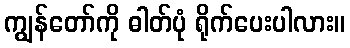
ကျွန်တော်ကို ဓါတ်ပုံ ရိုက်ပေးပါလား။